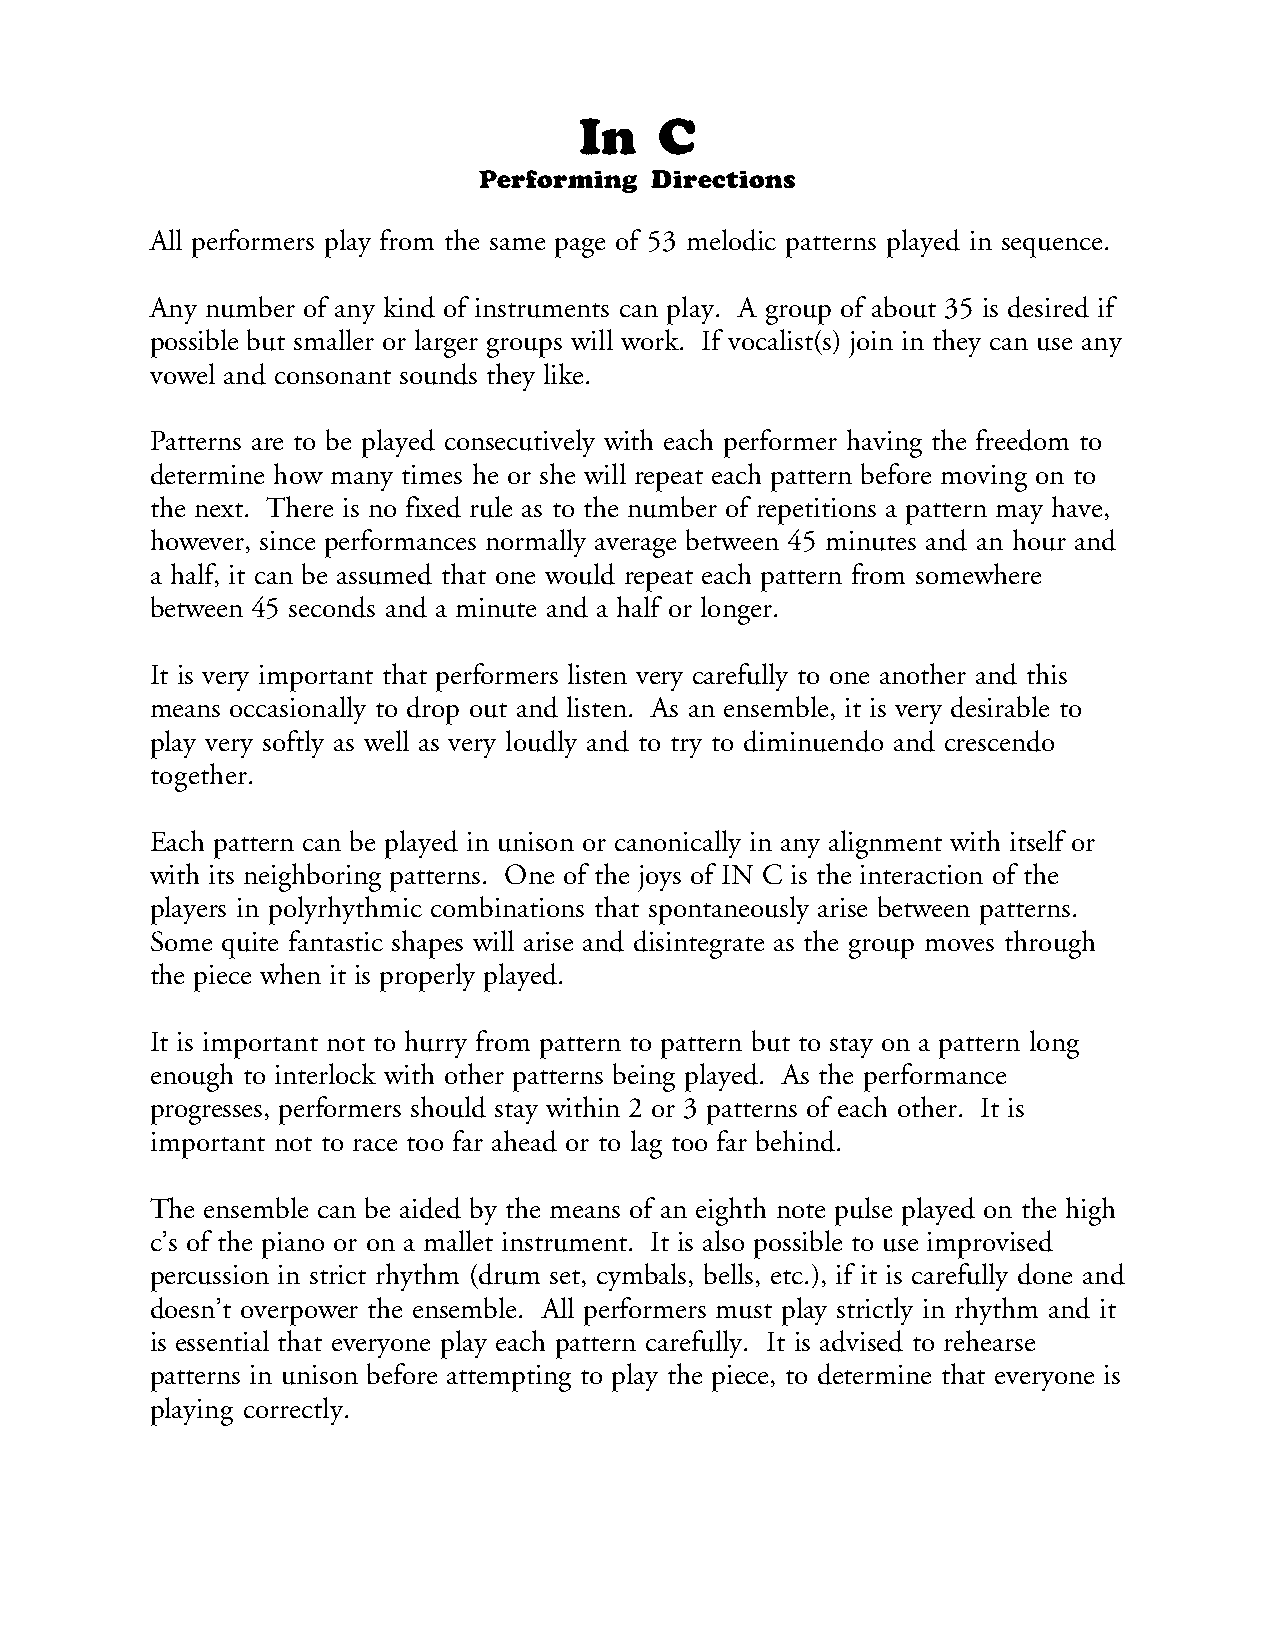
In    C
 Performing Directions
 All performers play from the same page of 53 melodic patterns played in sequence.
 Any number of any kind of instruments can play. A group of about 35 is desired if
 possible but smaller or larger groups will work. If vocalist(s) join in they can use any
 vowel and consonant sounds they like.
 Patterns are to be played consecutively with each performer having the freedom to
 determine how many times he or she will repeat each pattern before moving on to
 the next. There is no fixed rule as to the number of repetitions a pattern may have,
 however, since performances normally average between 45 minutes and an hour and
 a half, it can be assumed that one would repeat each pattern from somewhere
 between 45 seconds and a minute and a half or longer.
 It is very important that performers listen very carefully to one another and this
 means occasionally to drop out and listen. As an ensemble, it is very desirable to
 play very softly as well as very loudly and to try to diminuendo and crescendo
 together.
 Each pattern can be played in unison or canonically in any alignment with itself or
 with its neighboring patterns. One of the joys of IN C is the interaction of the
 players in polyrhythmic combinations that spontaneously arise between patterns.
 Some quite fantastic shapes will arise and disintegrate as the group moves through
 the piece when it is properly played.
 It is important not to hurry from pattern to pattern but to stay on a pattern long
 enough to interlock with other patterns being played. As the performance
 progresses, performers should stay within 2 or 3 patterns of each other. It is
 important not to race too far ahead or to lag too far behind.
 The ensemble can be aided by the means of an eighth note pulse played on the high
 c’s of the piano or on a mallet instrument. It is also possible to use improvised
 percussion in strict rhythm (drum set, cymbals, bells, etc.), if it is carefully done and
 doesn’t overpower the ensemble. All performers must play strictly in rhythm and it
 is essential that everyone play each pattern carefully. It is advised to rehearse
 patterns in unison before attempting to play the piece, to determine that everyone is
 playing correctly.